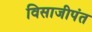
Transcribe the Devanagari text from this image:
विसाजीपंत